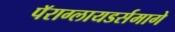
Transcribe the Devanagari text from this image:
पॅराग्लायडर्समागे